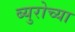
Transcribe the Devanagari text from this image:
ब्युरोच्या